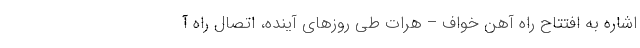
اشاره به افتتاح راه آهن خواف – هرات طی روز‌های آینده، اتصال راه آ